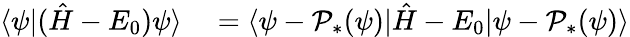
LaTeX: \begin{array}{rl}{\langle\psi|(\hat{H}-E_{0})\psi\rangle}&{{}=\langle\psi-\mathcal{P}_{*}(\psi)|\hat{H}-E_{0}|\psi-\mathcal{P}_{*}(\psi)\rangle}\end{array}